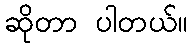
ဆိုတာ ပါတယ်။